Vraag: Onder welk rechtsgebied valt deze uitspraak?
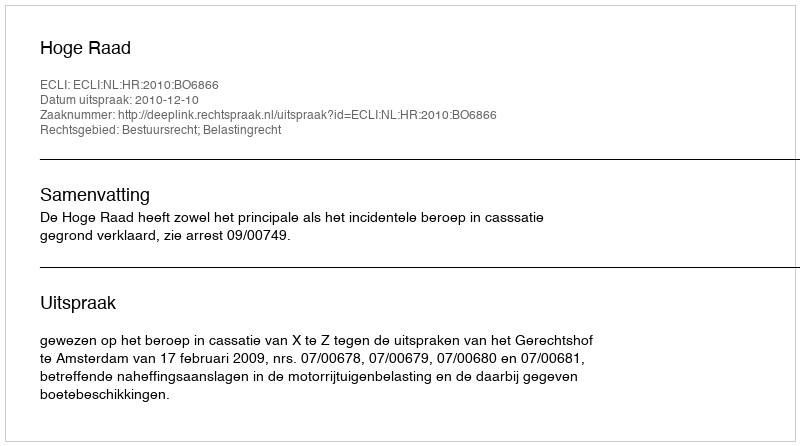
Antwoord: Bestuursrecht; Belastingrecht